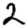
Digit: 2